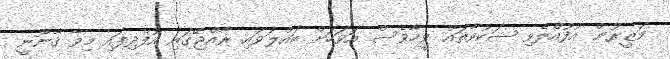
ވަޒީރުން އުފުއްލެވި ޝަކުވާތައް ވީހާވެސް އަވަހަށް ބައްލަވައި ރާއްޖޭގައި އުފެދިފައި މިވާ ޤާނޫނީ